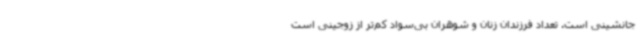
جانشینی است. تعداد فرزندان زنان و شوهران بی‌سواد کم‌تر از زوجینی است